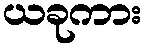
ယခုကား